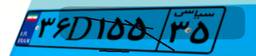
۴۰D۹۴۵۲۸